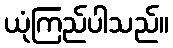
ယုံကြည်ပါသည်။